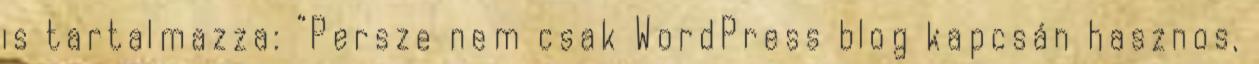
is tartalmazza: “Persze nem csak WordPress blog kapcsán hasznos,